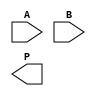
module variable_length_wallace_tree_multiplier #(parameter MAX_LEN = 16) (
    input [MAX_LEN-1:0] A,
    input [MAX_LEN-1:0] B,
    output reg [2*MAX_LEN-1:0] P
);
    // Internal signals
    reg [2*MAX_LEN-1:0] partial_products[MAX_LEN-1:0];
    reg [2*MAX_LEN-1:0] stage1_sum [0:MAX_LEN/3-1];
    reg [2*MAX_LEN-1:0] stage2_sum [0:MAX_LEN/6-1];
    reg [2*MAX_LEN-1:0] final_sum;
    reg [MAX_LEN-1:0] count;

    integer i, j;
    
    // Generate partial products
    always @(*) begin
        for (i = 0; i < MAX_LEN; i = i + 1) begin
            partial_products[i] = (B[i] ? A : 0) << i;
        end
    end

    // Wallace tree reduction: Stage 1
    always @(*) begin
        count = 0;
        for (i = 0; i < MAX_LEN; i = i + 3) begin
            if (i + 2 < MAX_LEN) begin
                {stage1_sum[count]} = partial_products[i] + partial_products[i+1] + partial_products[i+2];
            end else if (i + 1 < MAX_LEN) begin
                {stage1_sum[count]} = partial_products[i] + partial_products[i+1];
            end else begin
                {stage1_sum[count]} = partial_products[i];
            end
            count = count + 1;
        end
    end

    // Wallace tree reduction: Stage 2
    always @(*) begin
        count = 0;
        for (i = 0; i < (MAX_LEN + 2) / 3; i = i + 3) begin
            if (i + 2 < (MAX_LEN + 2) / 3) begin
                {stage2_sum[count]} = stage1_sum[i] + stage1_sum[i+1] + stage1_sum[i+2];
            end else if (i + 1 < (MAX_LEN + 2) / 3) begin
                {stage2_sum[count]} = stage1_sum[i] + stage1_sum[i+1];
            end else begin
                {stage2_sum[count]} = stage1_sum[i];
            end
            count = count + 1;
        end
    end

    // Final summation
    always @(*) begin
        final_sum = 0;
        for (i = 0; i < (MAX_LEN + 2) / 6; i = i + 1) begin
            final_sum = final_sum + stage2_sum[i];
        end
        P = final_sum;
    end

endmodule